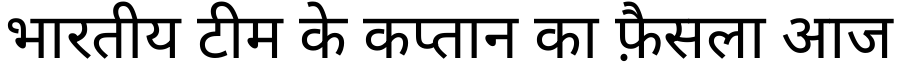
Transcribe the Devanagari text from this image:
भारतीय टीम के कप्तान का फ़ैसला आज